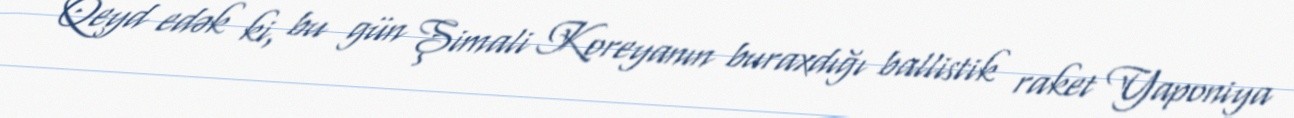
Qeyd edək ki, bu gün Şimali Koreyanın buraxdığı ballistik raket Yaponiya